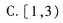
C. [1，3)